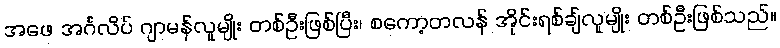
အဖေ အင်္ဂလိပ် ဂျာမန်လူမျိုး တစ်ဦးဖြစ်ပြီး၊ စကော့တလန် အိုင်းရစ်ချ်လူမျိုး တစ်ဦးဖြစ်သည်။